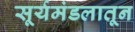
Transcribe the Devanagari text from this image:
सूर्यमंडलातून